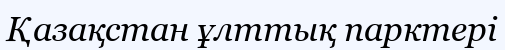
Қазақстан ұлттық парктері